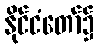
နိုင်ငံတော်၌